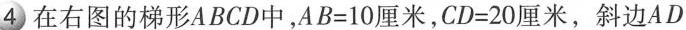
在右图的梯形ABCD中，$$AB=10厘米$$，$$CD=20厘米$$，斜边AD